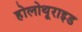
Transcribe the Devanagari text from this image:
होलोथूराइड